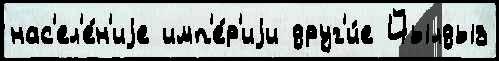
нас'ел'е́н'иjе имп'е́р'иjи друг'и́е Йылдыз